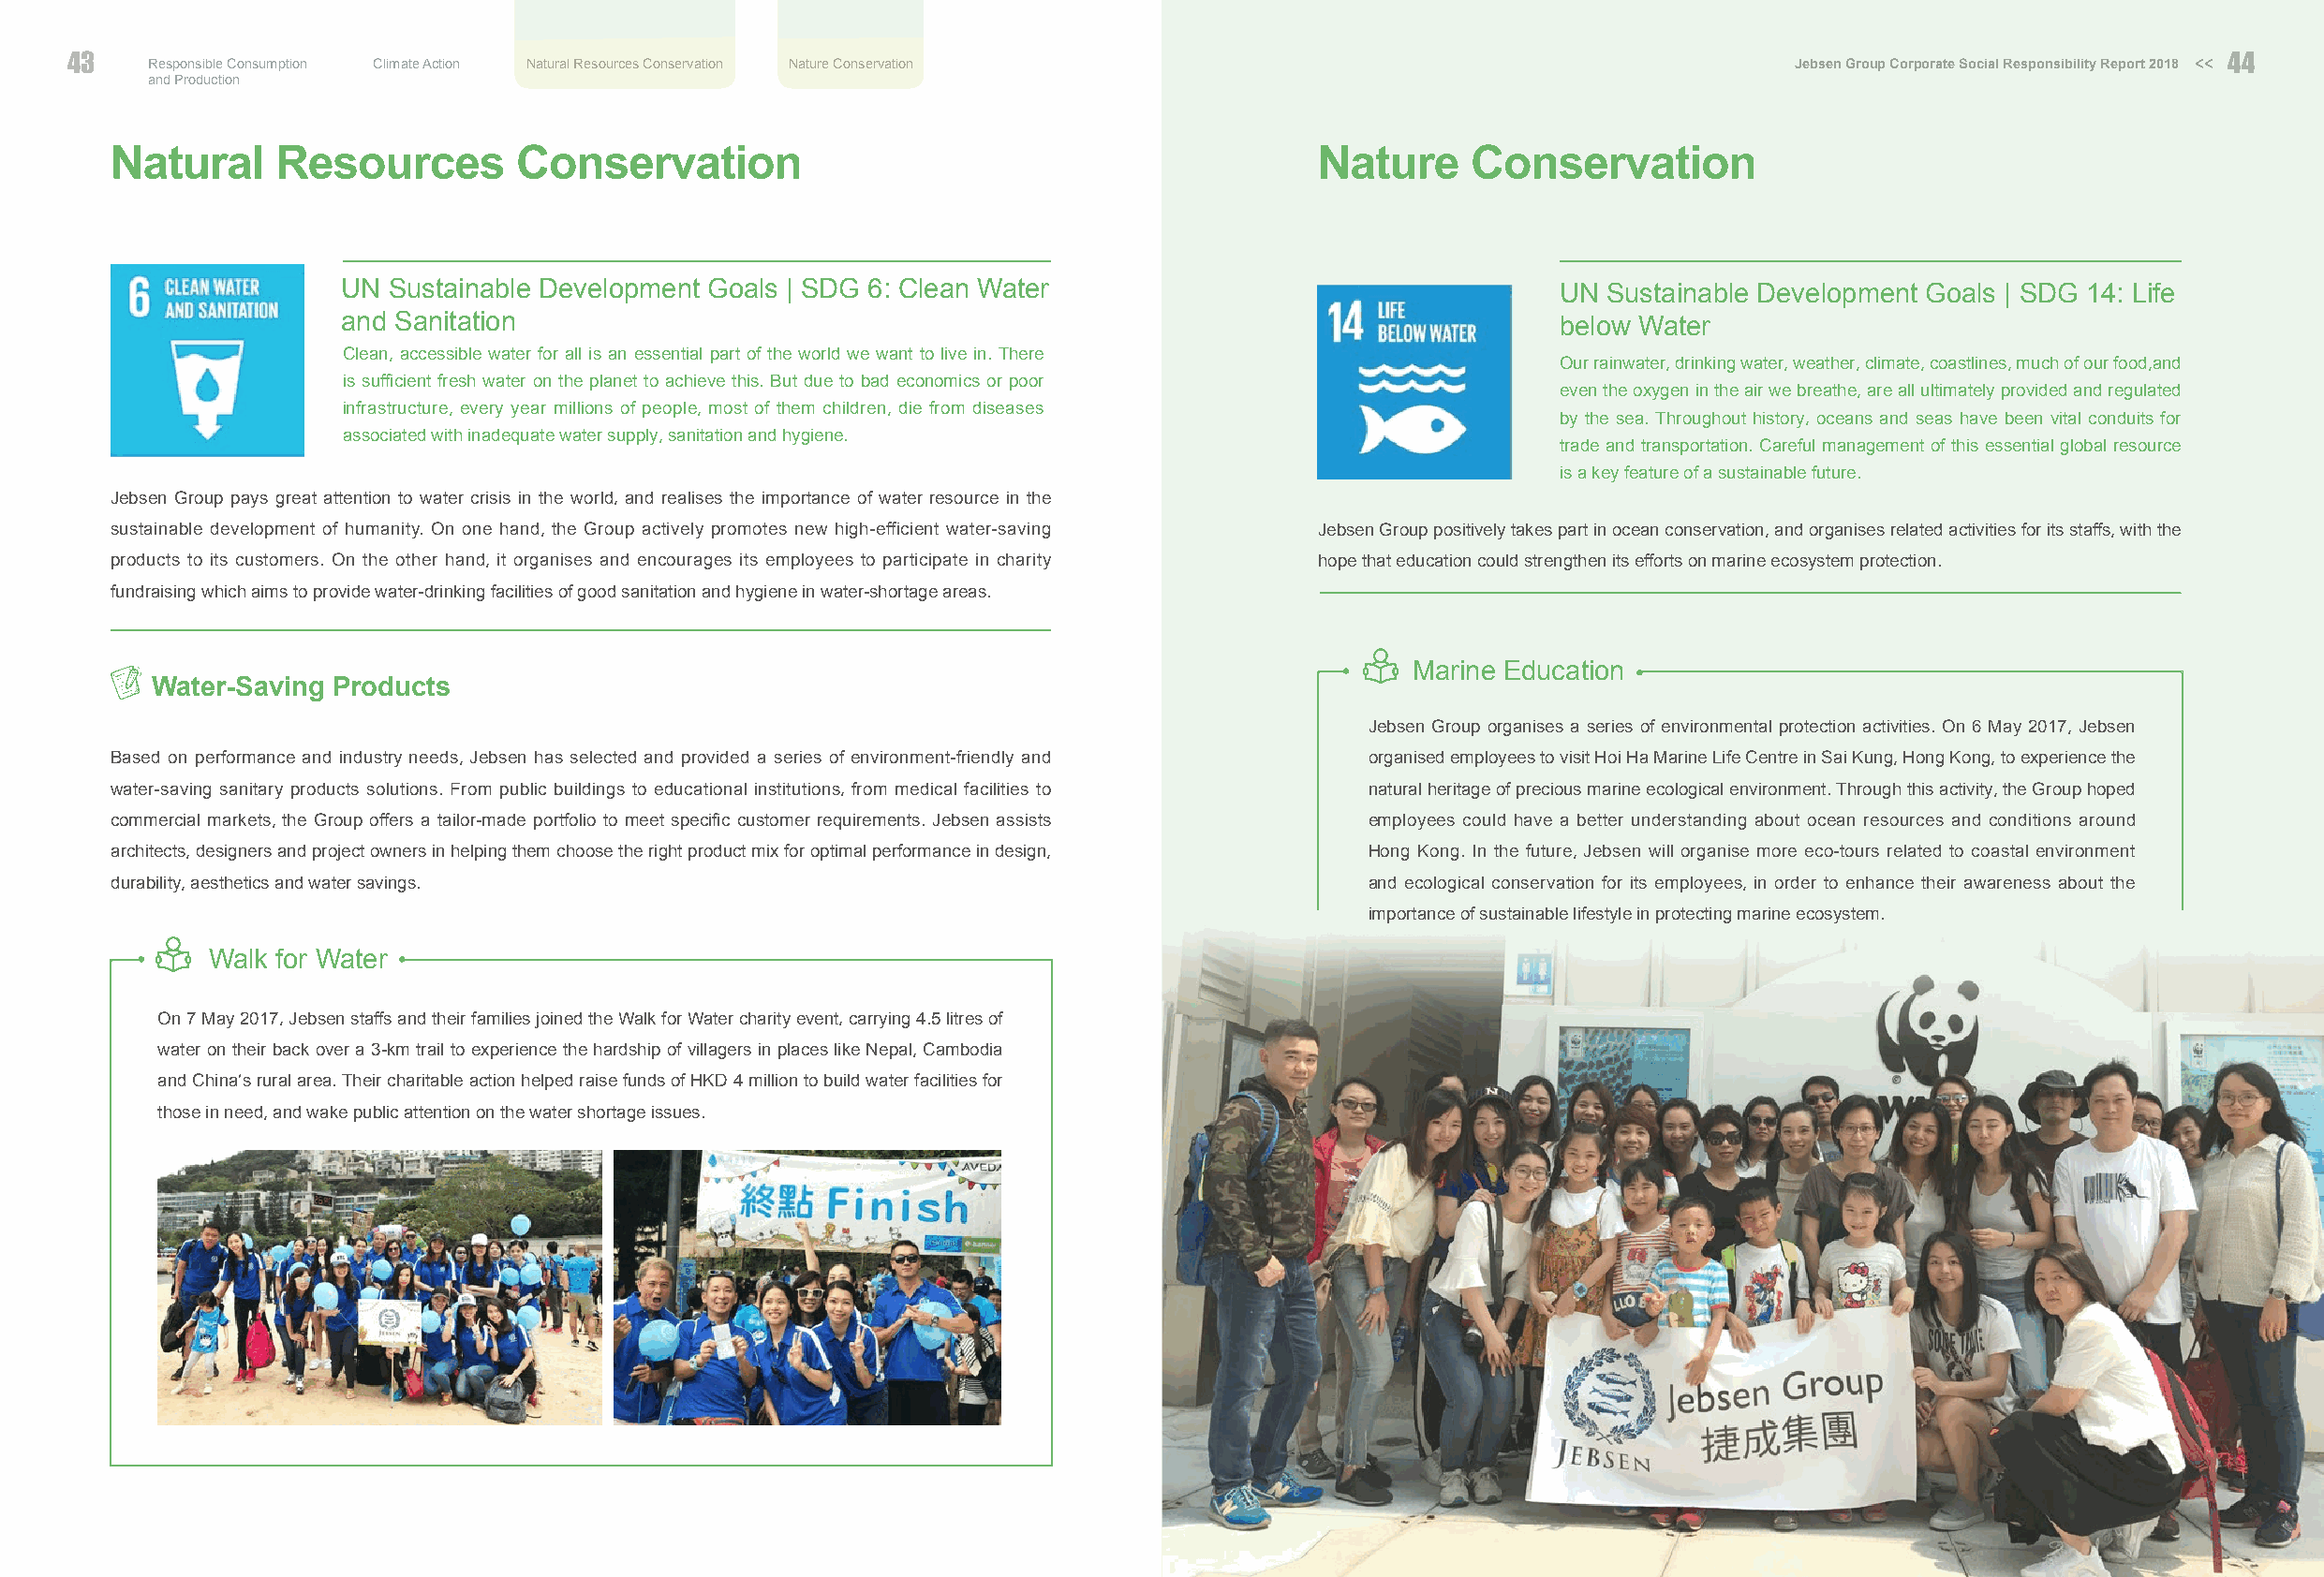
43   Responsible Consumption Climate Action Natural Resources Conservation Nature Conservation                            Jebsen Group Corporate Social Responsibility Report 2018 << 4444
 and Production
 Natural    Resources        Conservation                                             Nature     Conservation
 UN Sustainable Development Goals | SDG 6: Clean Water                                 UN  Sustainable Development Goals | SDG 14: Life
 and Sanitation                                                                        below Water
 Clean, accessible water for all is an essential part of the world we want to live in. There
 Our rainwater, drinking water, weather, climate, coastlines, much of our food,and
 is sufficient fresh water on the planet to achieve this. But due to bad economics or poor
 even the oxygen in the air we breathe, are all ultimately provided and regulated
 infrastructure, every year millions of people, most of them children, die from diseases
 by the sea. Throughout history, oceans and seas have been vital conduits for
 associated with inadequate water supply, sanitation and hygiene.
 trade and transportation. Careful management of this essential global resource
 is a key feature of a sustainable future.
 Jebsen Group pays great attention to water crisis in the world, and realises the importance of water resource in the
 sustainable development of humanity. On one hand, the Group actively promotes new high-efficient water-saving Jebsen Group positively takes part in ocean conservation, and organises related activities for its staffs, with the
 products to its customers. On the other hand, it organises and encourages its employees to participate in charity hope that education could strengthen its efforts on marine ecosystem protection.
 fundraising which aims to provide water-drinking facilities of good sanitation and hygiene in water-shortage areas.
 Marine Education
 Water-Saving Products                                                               
 Jebsen Group organises a series of environmental protection activities. On 6 May 2017, Jebsen
 Based on performance and industry needs, Jebsen has selected and provided a series of environment-friendly and organised employees to visit Hoi Ha Marine Life Centre in Sai Kung, Hong Kong, to experience the
 water-saving sanitary products solutions. From public buildings to educational institutions, from medical facilities to natural heritage of precious marine ecological environment. Through this activity, the Group hoped
 commercial markets, the Group offers a tailor-made portfolio to meet specific customer requirements. Jebsen assists employees could have a better understanding about ocean resources and conditions around
 architects, designers and project owners in helping them choose the right product mix for optimal performance in design, Hong Kong. In the future, Jebsen will organise more eco-tours related to coastal environment
 durability, aesthetics and water savings.                                                and ecological conservation for its employees, in order to enhance their awareness about the
 importance of sustainable lifestyle in protecting marine ecosystem.
 Walk for Water
 On 7 May 2017, Jebsen staffs and their families joined the Walk for Water charity event, carrying 4.5 litres of
 water on their back over a 3-km trail to experience the hardship of villagers in places like Nepal, Cambodia
 and China’s rural area. Their charitable action helped raise funds of HKD 4 million to build water facilities for
 those in need, and wake public attention on the water shortage issues.